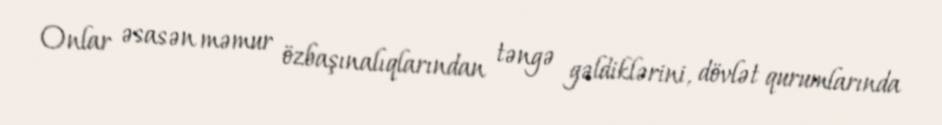
Onlar əsasən məmur özbaşınalıqlarından təngə gəldiklərini, dövlət qurumlarında